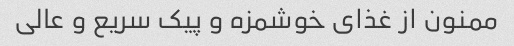
ممنون از غذاى خوشمزه و پیک سریع و عالى